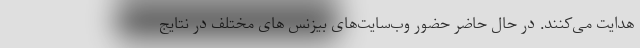
هدایت می‌کنند. در حال حاضر حضور وب‌سایت‌های بیزنس های مختلف در نتایج